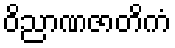
ဝိညာဏဇာတိကံ